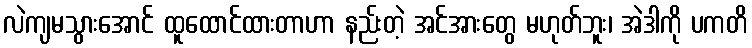
လဲကျမသွားအောင် ထူထောင်ထားတာဟာ နည်းတဲ့ အင်အားတွေ မဟုတ်ဘူး၊ အဲဒါကို ပကတိ